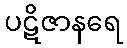
ပဋိဇာနရေ